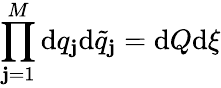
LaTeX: \prod_{\mathbf{j}=1}^{M}\mathrm{{d}}q_{\mathbf{j}}\mathrm{{d}}\tilde{{q}}_{\mathbf{j}}=\mathrm{{d}}Q\mathrm{{d}}\xi